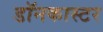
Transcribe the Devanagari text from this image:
डॉनकास्टर